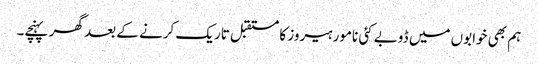
ہم بھی خوابوں میں ڈوبے کئی نامور ہیروز کا مستقبل تاریک کرنے کے بعد گھر پہنچے۔